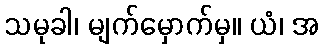
သမုခါ၊ မျက်မှောက်မှ။ ယံ၊ အ